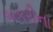
બકરીના